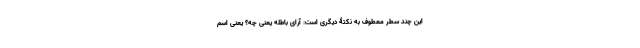
این چند سطر معطوف به نکتۀ دیگری است: آرای باطله یعنی چه؟ یعنی اسم